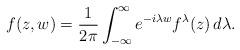
LaTeX: \begin{align*}f(z,w)=\frac{1}{2\pi}\int_{-\infty}^{\infty}e^{-i\lambda w}f^{\lambda}(z)\,d\lambda.\end{align*}